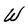
Character: W